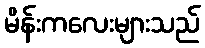
မိန်းကလေးများသည်